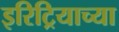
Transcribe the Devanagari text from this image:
इरिट्रियाच्या